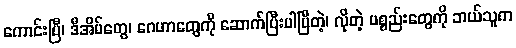
ကောင်းပြီ၊ ဒီအိမ်တွေ၊ ဂေဟာတွေကို ဆောက်ပြီးပါပြီတဲ့၊ လိုတဲ့ ပစ္စည်းတွေကို ဘယ်သူက